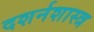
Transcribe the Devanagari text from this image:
दशर्नशास्त्र